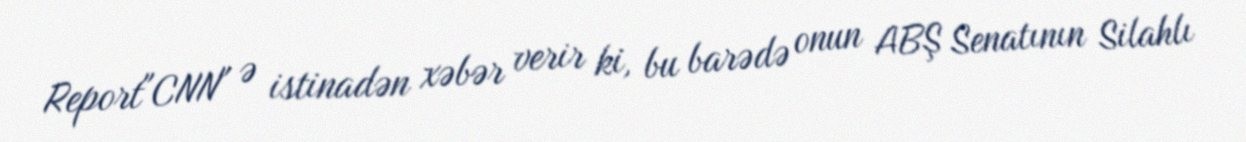
Report"CNN" ə istinadən xəbər verir ki, bu barədə onun ABŞ Senatının Silahlı